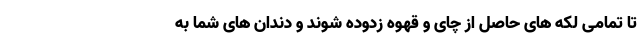
تا تمامی لکه های حاصل از چای و قهوه زدوده شوند و دندان های شما به